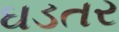
ઘડતર